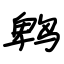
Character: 鹎